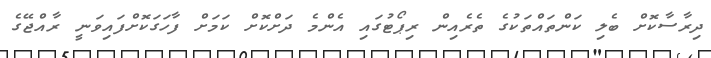
ދިރާސާކޮށް ބެލި ކަންތައްތަކުގެ ތެރެއިން ރިޕޯޓުގައި އެންމެ ދަށްކޮށް ކަމަށް ފާހަގަކޮށްފައިވަނީ ރާއްޖޭގެ